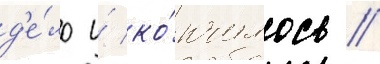
д'е́ло и́ ко́нчилось //